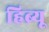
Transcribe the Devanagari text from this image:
हिब्र्यू